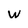
Character: W